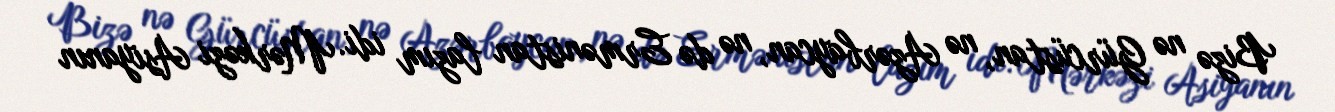
Bizə nə Gürcüstan, nə Azərbaycan, nə də Ermənistan lazım idi. Mərkəzi Asiyanın